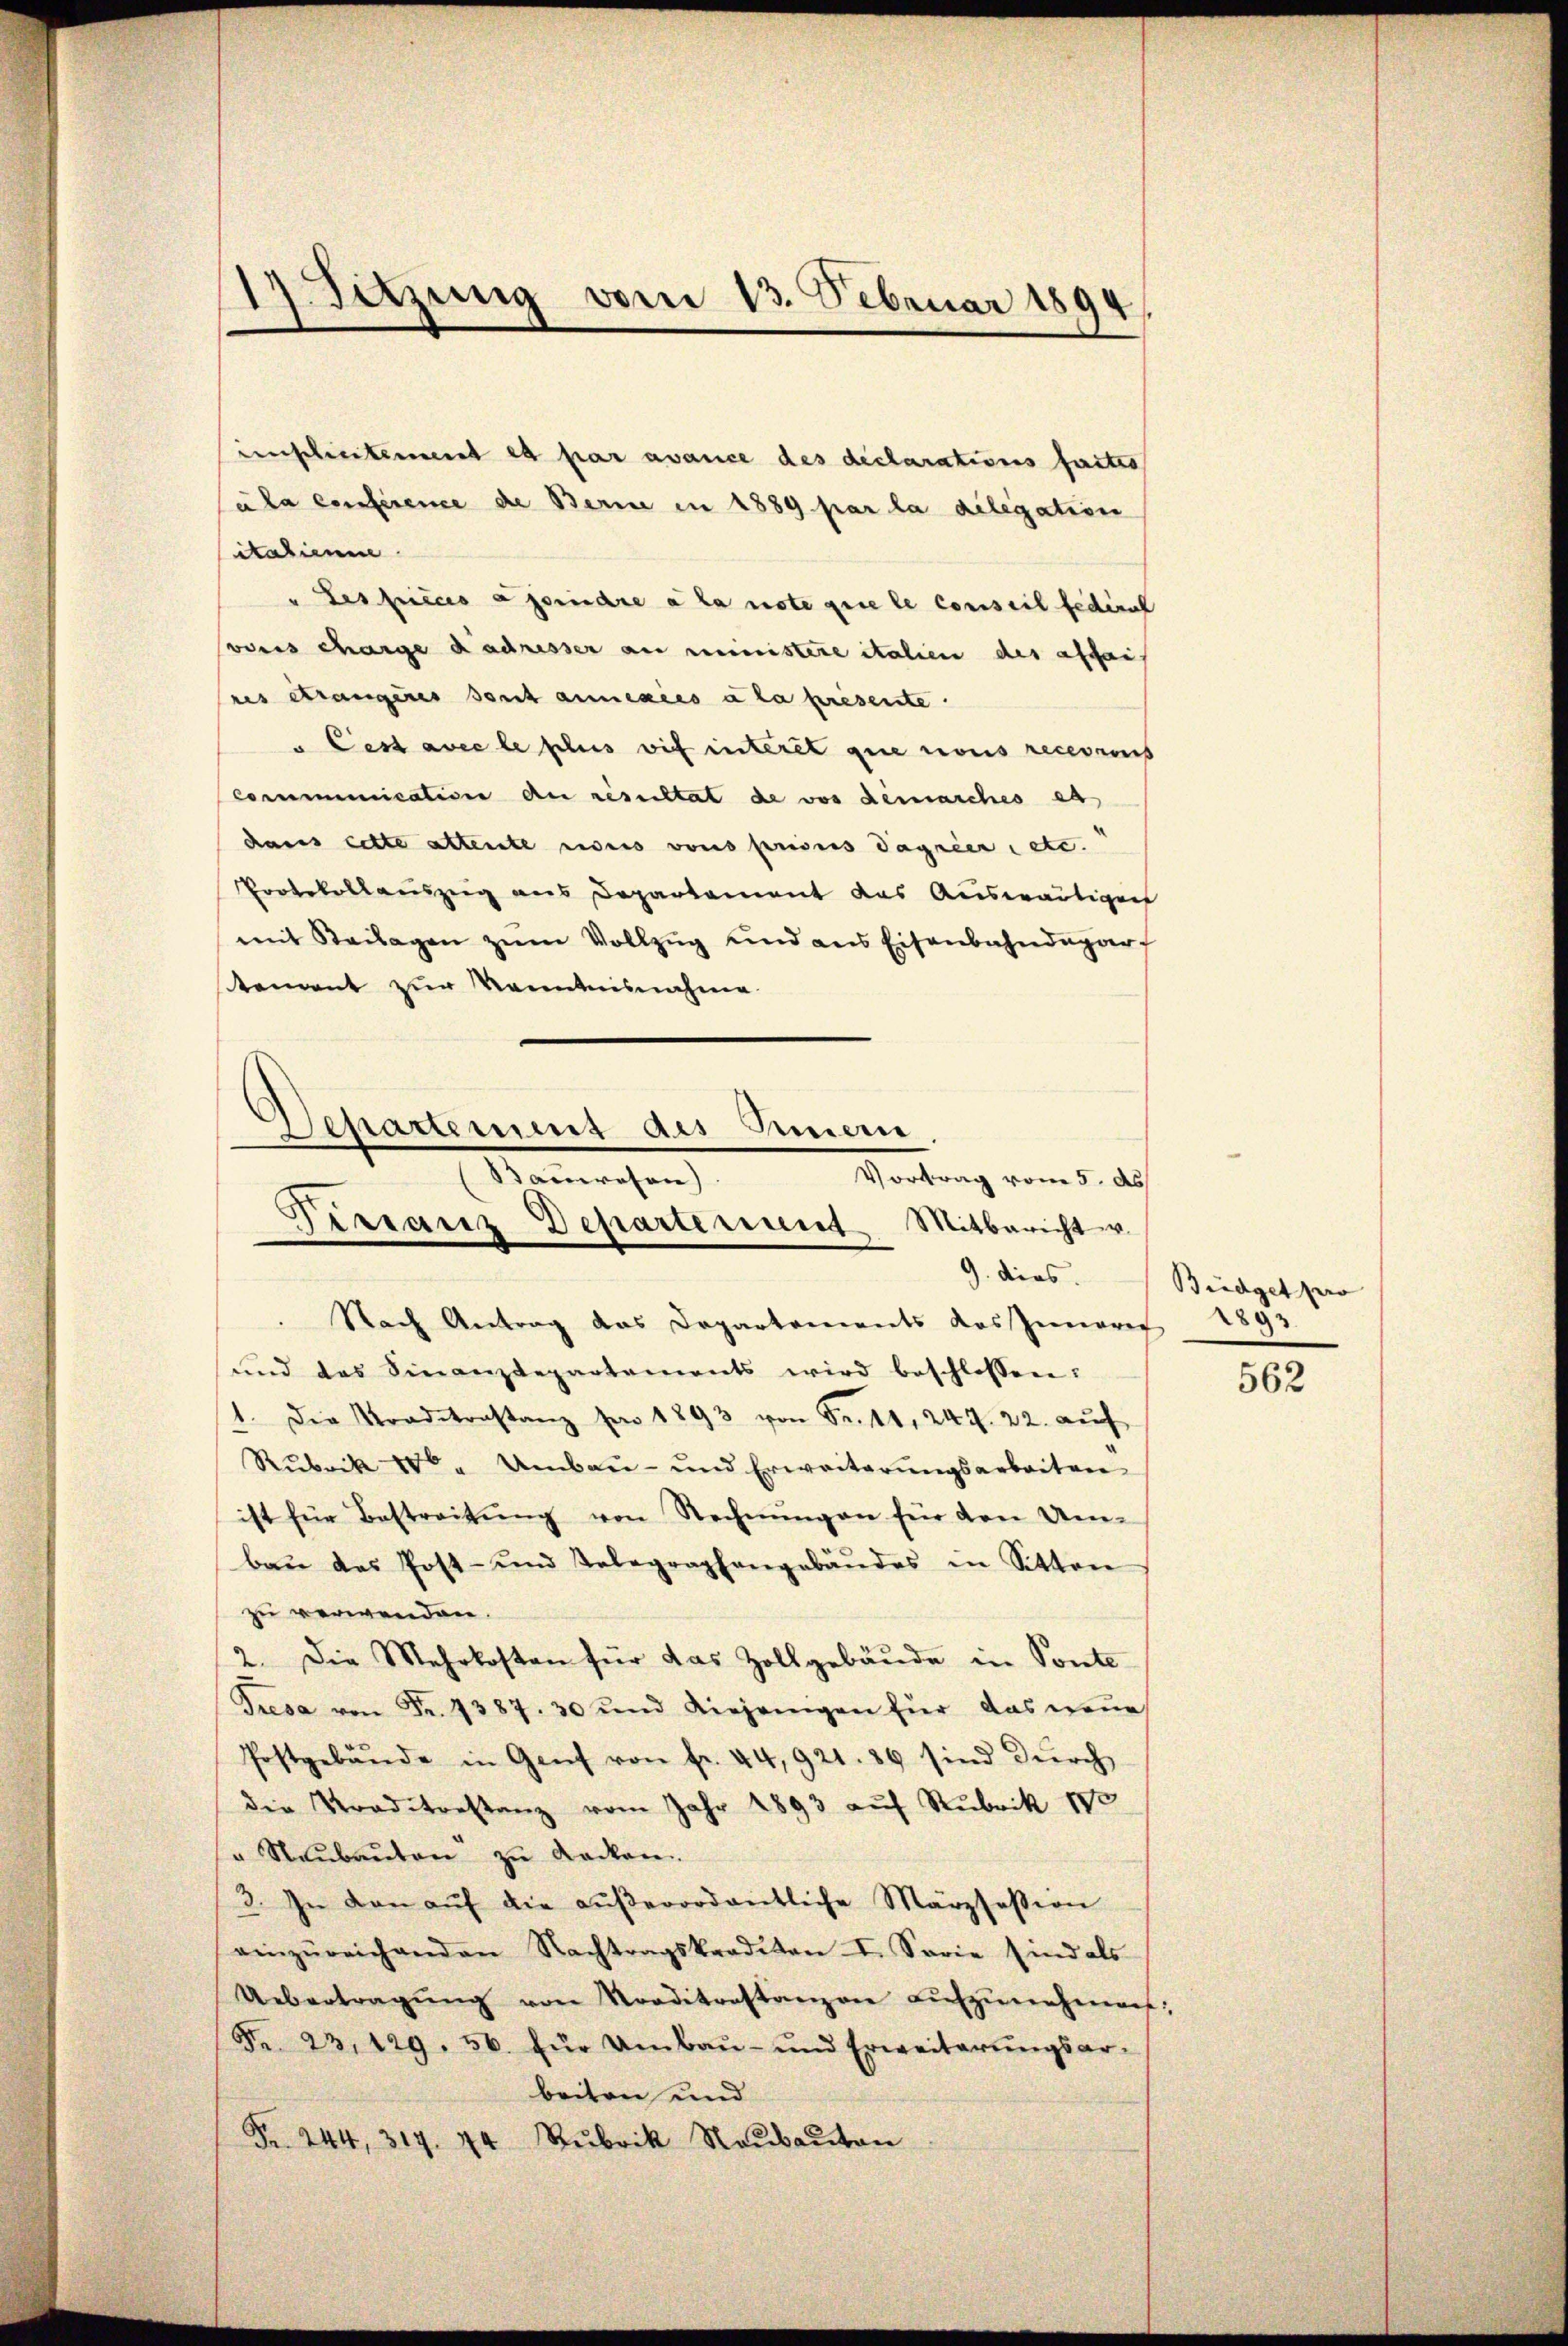
einschreitement es par avance des declarations faites
ula conference die Berne in 1889 par la delegation
ikalienme
" Les pieces a poindre à la note que le conseil fédéral
vons charge dachtesser an ministere italien des affai
res Strangeres sont annexées à la presente.
" Ces avec le plus wir interit que nous recessens
Communication an resultat de vor demarches es
dans cette attente nonis vons prises dagnier etc.
Protokollauszug aus Departement das Auswärtigens
mit Beilagen zŭm Vollzug und aus Eisenbahndepar
tement zur Kenntnisnahme

17. Sitzung vom 13. Februar 1894

Departement als Inner
Vortrag vom 5. ds
Bauwesen)
Terranz Departement Mitbericht u.
9. dies.

Nach Antrag das Departements das Inneres 1893
und das Sinanzdepartements wird beschlossen:
1. Die Traditrastanz per 1893 von Fr. 11, 247. 22. aŭf
Rubrik 18 " Umbau- und Erweiterungsarbeiten
ist für Bestreitŭng von Rechnŭngen für den Um-
baŭ des Post- und Telegraphangebäŭdes in Sitten
zu verwenden
2. Die Mehrkosten für das Zollgebäŭde in Ponte-
Tresa von Fr. 7387. 30 und diejenigen für das neue
Postgebäŭde in Genf von fr. 44,921. 86 sind dŭrch
die Traditorstanz vom Jahr 1893 auf Rubrik 180
so Neubauten zu Radkan
3. In den aŭf die aŭβerordentliche Märzsesion
einzŭreichenden Nachtragskrediton I. Sowie sind als
Uebertragŭng von Norditanstanzen aŭfzŭnehmen;
Fr. 23. 129. 56. für Umbaŭ- und Erweiterŭngsar-
beiten und
Fr. 244, 317. 74 Rubrik Raŭbaŭton

Büdget pro

562